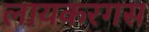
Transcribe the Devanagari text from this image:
लायकरगस